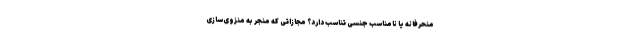
منحرفانه یا نامناسب جنسی تناسب دارد؟ مجازاتی که منجر به منزوی‌سازی